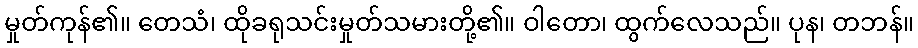
မှုတ်ကုန်၏။ တေသံ၊ ထိုခရုသင်းမှုတ်သမားတို့၏။ ဝါတော၊ ထွက်လေသည်။ ပုန၊ တဘန်။